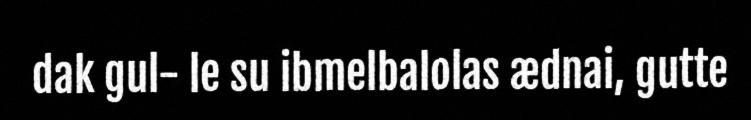
dak gul- le su ibmelbalolas ædnai, gutte